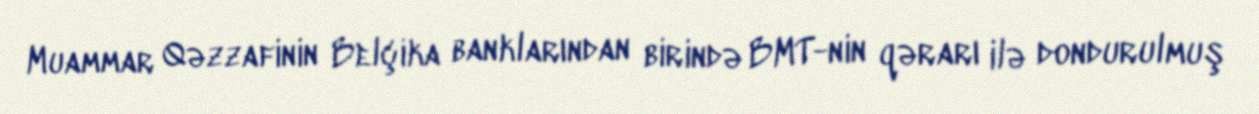
Muammar Qəzzafinin Belçika banklarından birində BMT-nin qərarı ilə dondurulmuş